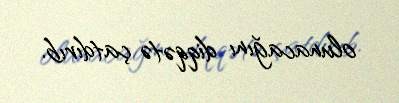
olunacağını diqqətə çatdırıb.